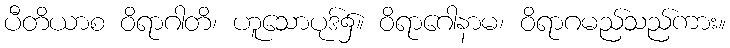
ပီတိယာစ ဝိရာဂါတိ၊ ဟူသောပုဒ်၌။ ဝိရာဂေါနာမ၊ ဝိရာဂမည်သည်ကား။